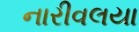
નારીવલયા